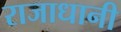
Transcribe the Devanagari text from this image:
राजाधानी